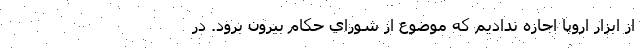
از ابزار اروپا اجازه نداديم كه موضوع از شوراي حكام بيرون برود. در